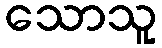
သောသူ